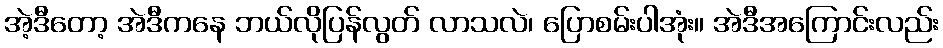
အဲ့ဒီတော့ အဲဒီကနေ ဘယ်လိုပြန်လွတ် လာသလဲ၊ ပြောစမ်းပါအုံး။ အဲဒီအကြောင်းလည်း